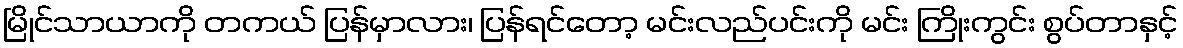
မြိုင်သာယာကို တကယ် ပြန်မှာလား၊ ပြန်ရင်တော့ မင်းလည်ပင်းကို မင်း ကြိုးကွင်း စွပ်တာနှင့်